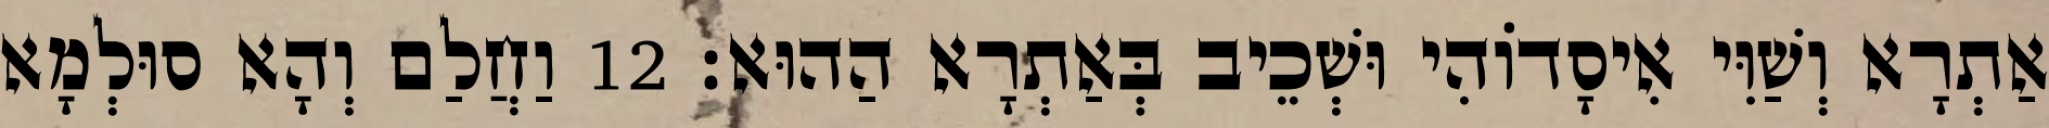
אַתְרָא וְשַׁוִּי אִיסָדוֹהִי וּשְׁכֵיב בְּאַתְרָא הַהוּא׃ 12 וַחֲלַם וְהָא סוּלְמָא